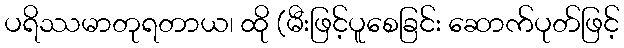
ပရိဿမာတုရတာယ၊ ထို (မီးဖြင့်ပူစေခြင်း ဆောက်ပုတ်ဖြင့်